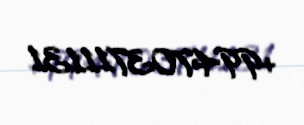
+994703711131